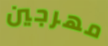
مهرجين